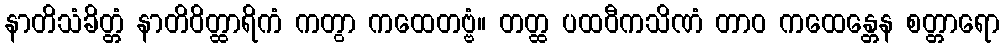
နာတိသံခိတ္တံ နာတိဝိတ္ထာရိကံ ကတွာ ကထေတဗ္ဗံ။ တတ္ထ ပထဝီကသိဏံ တာဝ ကထေန္တေန စတ္တာရော